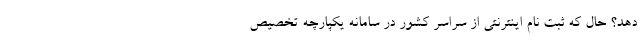
دهد؟ حال که ثبت نام اینترنتی از سراسر کشور در سامانه یکپارچه تخصیص